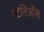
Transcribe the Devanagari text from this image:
स्टेलिऑस